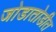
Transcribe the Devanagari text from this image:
जोडातोडीत